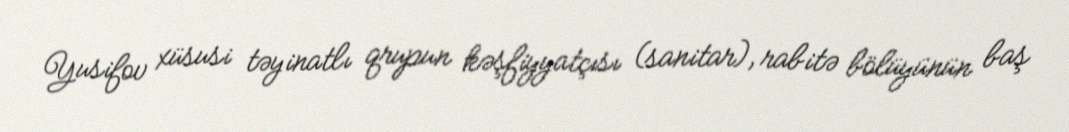
Yusifov xüsusi təyinatlı qrupun kəşfiyyatçısı (sanitar), rabitə bölüyünün baş